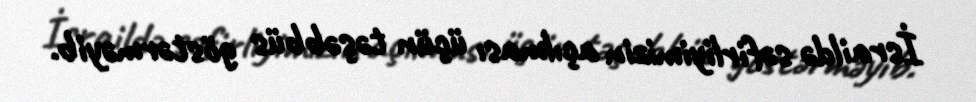
İsraildə səfirliyimizin açılması üçün təşəbbüs göstərməyib.